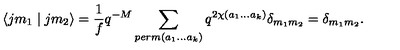
\langle j m _ { 1 } \mid j m _ { 2 } \rangle = \frac { 1 } { f } q ^ { - M } \sum _ { p e r m ( a _ { 1 } . . . a _ { k } ) } q ^ { 2 \chi ( a _ { 1 } . . . a _ { k } ) } \delta _ { m _ { 1 } m _ { 2 } } = \delta _ { m _ { 1 } m _ { 2 } } .